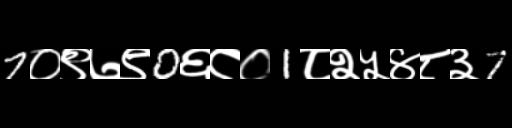
Text: 7०९७९0६८०1८२५४८३7